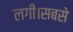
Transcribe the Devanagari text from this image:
लगी।सबसे